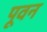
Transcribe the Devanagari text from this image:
पूवन